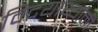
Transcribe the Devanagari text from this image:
विदयार्थ्‍यांनी